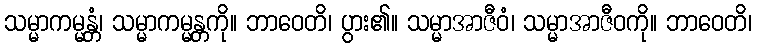
သမ္မာကမ္မန္တံ၊ သမ္မာကမ္မန္တကို။ ဘာဝေတိ၊ ပွား၏။ သမ္မာအာဇီဝံ၊ သမ္မာအာဇီဝကို။ ဘာဝေတိ၊